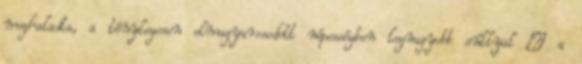
meghaladta, a ténylegesen elmagyarosodott népességben legnagyobb súllyal – a